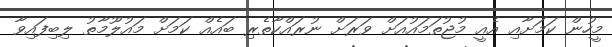
މީހުން ކަމަށާއި އެއީ މުޖުތަމައުއަށް ވަރަށް ނުރައްކާތެރި ބައެއް ކަމަށް މައުލޫމާތު ލިބިފައިވާ